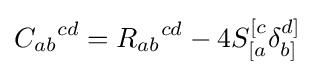
{C_{ab}}^{cd}={R_{ab}}^{cd}-4S_{[a}^{[c}\delta _{b]}^{d]}